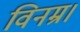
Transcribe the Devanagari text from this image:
विनम्र।